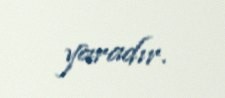
yaradır.